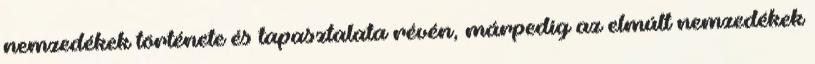
nemzedékek története és tapasztalata révén, márpedig az elmúlt nemzedékek